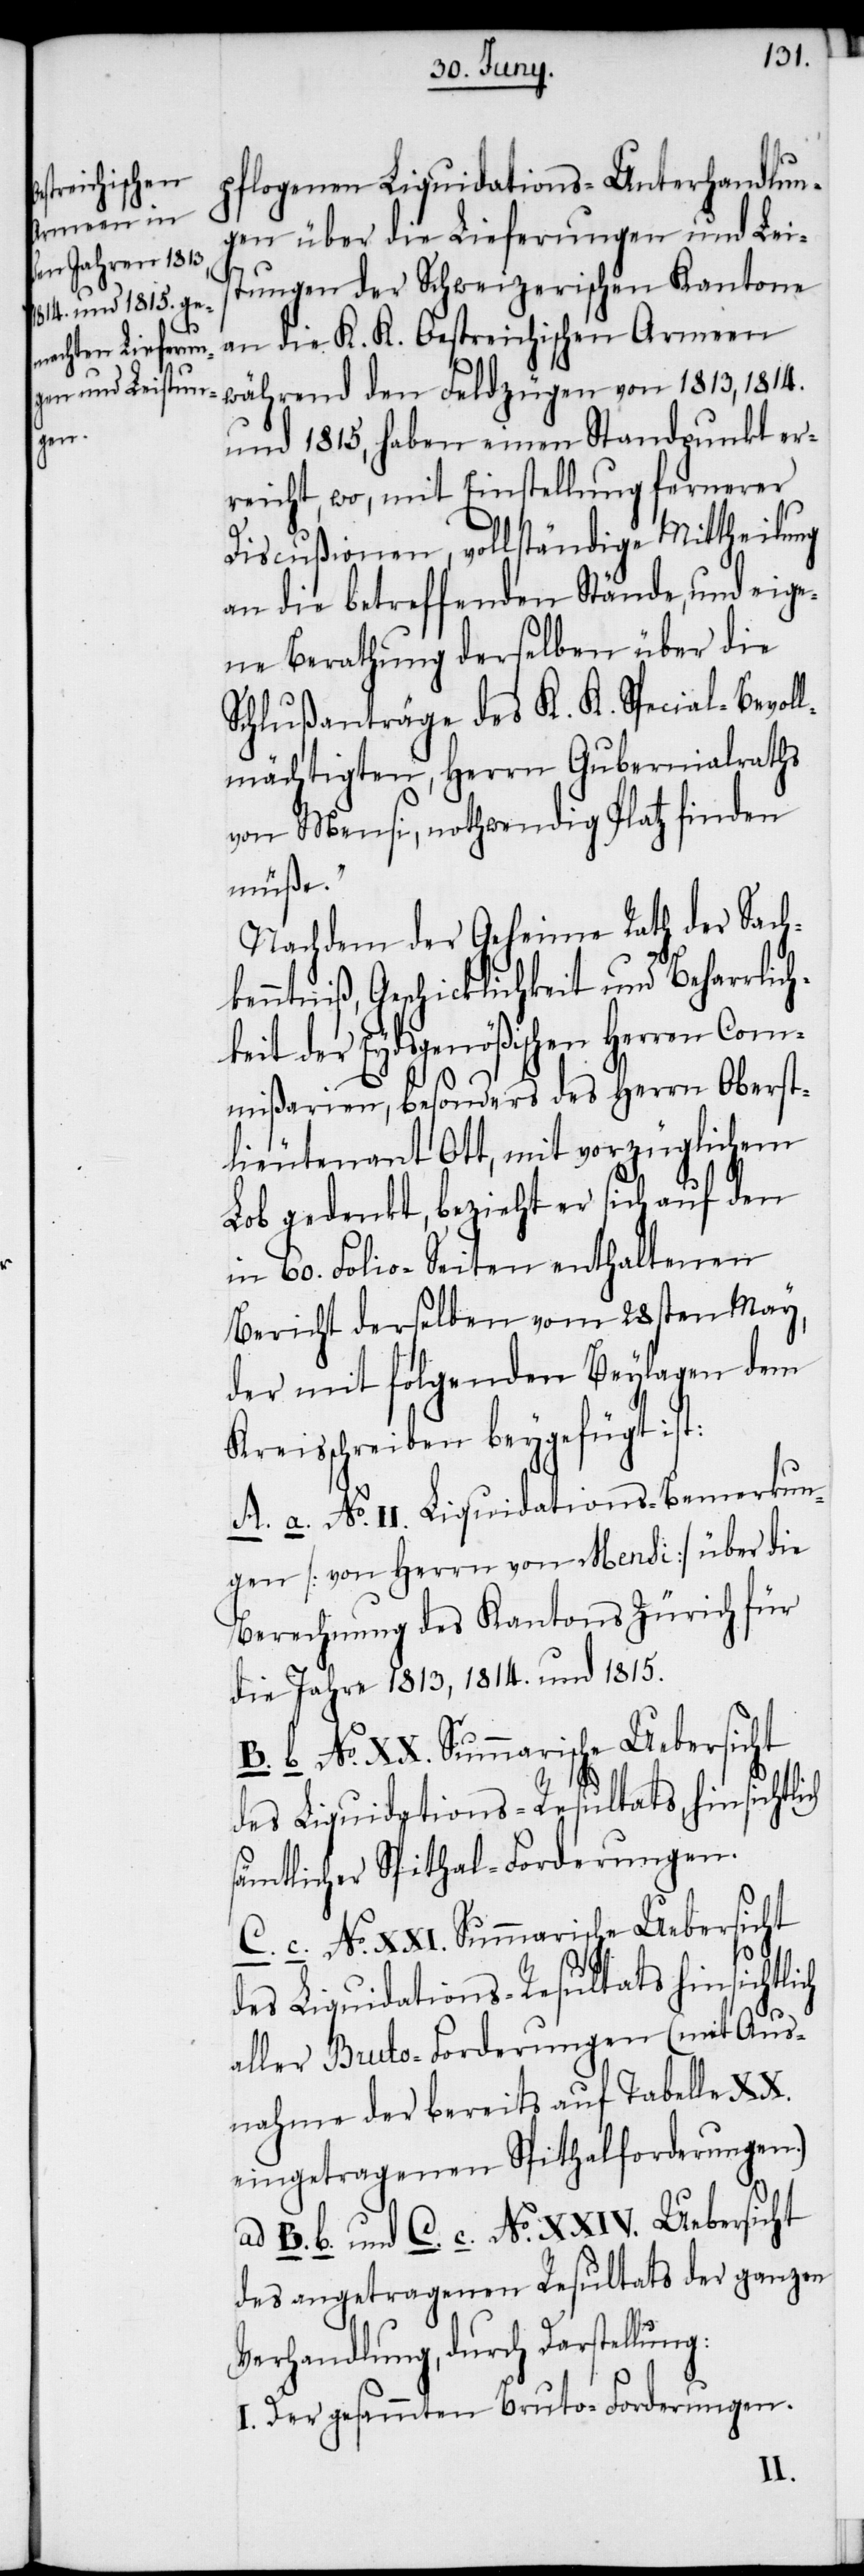
pflogenen Liquidations-Unterhandlun¬
gen über die Lieferungen und Lei¬
stungen der Schweizerischen Kantone
an die K. K. Oestreichischen Armeen
während den Feldzügen von 1813, 1814.
und 1815, haben einen Standpunkt er¬
reicht, wo, mit Einstellung fernerer
Discußionen, vollständige Mittheilung
an die betreffenden Stände, und eige¬
ne Berathung derselben über die
Schlußanträge des K. K. Special-Bevol¬
lmächtigten, Herrn Gubernialraths
von Mensi, nothwendig Platz finden
müße.“
Nachdem der Geheime Rath der Sach¬
kenntniß, Geschicklichkeit und Beharrlich¬
keit der Eydsgenößischen Herren Com¬
mißarien, besonders des Herrn Oberst¬
lieutenant Ott, mit vorzüglichem
Lob gedenkt, bezieht er sich auf den
in 60. Folio-Seiten enthaltenen
Bericht derselben vom 28sten May,
der mit folgenden Beylagen dem
Kreisschreiben beygefügt ist:
A. a. No. II. Liquidations-Bemerkun¬
gen [von Herrn von Mensi] über die
Berechnung des Kantons Zürich für
die Jahre 1813, 1814. und 1815.
B. b. No. XX. Summarische Uebersicht
des Liquidations-Resultats hinsichtli¬
sämtlicher Spithal-Forderungen.
C. c. No. XXI. Summarische Uebersicht
aller Bruto-Forderungen (mit Aus¬
nahme der bereits auf Tabelle
eingetragenen Spithalforderungen.)
ad B. b. und C. c. No. XXIV. Uebersicht
des angetragenen Resultats der ganzen
Verhandlung, durch Darstellung:
I. Der gesammten Bruto-Forderungen.
ch